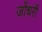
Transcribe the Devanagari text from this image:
जोंधरी